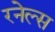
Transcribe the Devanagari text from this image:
रनेल्स